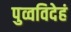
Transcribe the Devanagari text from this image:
पुव्वविदेहं